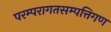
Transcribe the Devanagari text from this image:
परम्परागतसम्पत्तिगण